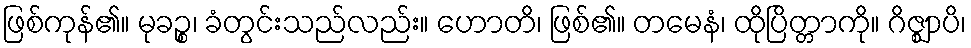
ဖြစ်ကုန်၏။ မုခဉ္စ၊ ခံတွင်းသည်လည်း။ ဟောတိ၊ ဖြစ်၏။ တမေနံ၊ ထိုပြိတ္တာကို။ ဂိဇ္ဈာပိ၊